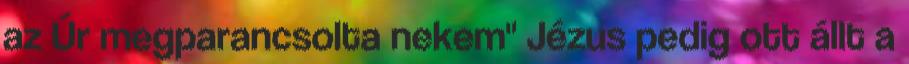
az Úr megparancsolta nekem'' Jézus pedig ott állt a